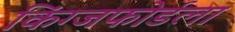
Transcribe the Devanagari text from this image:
किंग्जफोर्डला